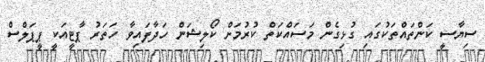
ސިޔާސީ ކަންތައްތަކުގައި ގުޅިގެން މަސައްކަތް ކުރުމަށް ކޯލިޝަން ހަދާފައިވާ ހަތަރު ޕާޓީއަކީ ޕީޕަލްސް